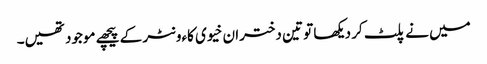
میں نے پلٹ کر دیکھا تو تین دختران خیوی کاءونٹر کے پیچھے موجود تھیں۔